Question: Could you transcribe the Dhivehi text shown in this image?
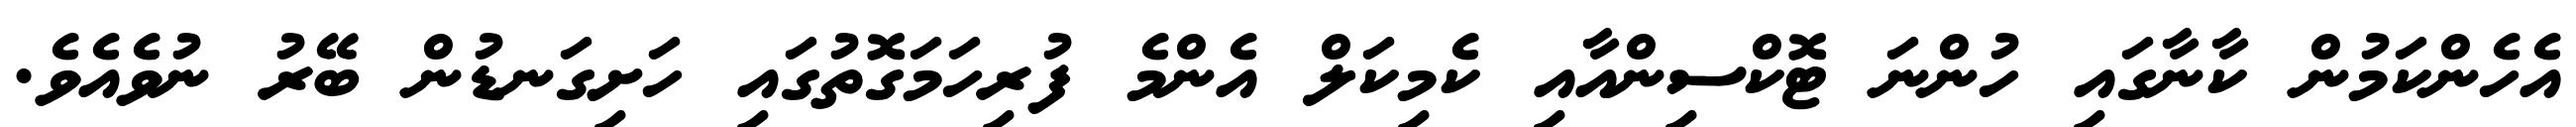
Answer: އެހެންކަމުން ކާނާގައި ހުންނަ ޓޮކްސިންއާއި ކެމިކަލް އެންމެ ފުރިހަމަގޮތުގައި ހަށިގަނޑުން ބޭރު ނުވެއެވެ.